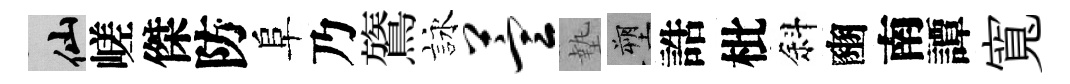
仙嵯傑防阜乃鷟詠萱墊塑誥枇斜豳南譚寬